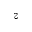
z